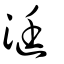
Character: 涏